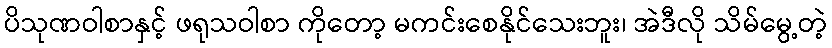
ပိသုဏဝါစာနှင့် ဖရုသဝါစာ ကိုတော့ မကင်းစေနိုင်သေးဘူး၊ အဲဒီလို သိမ်မွေ့တဲ့